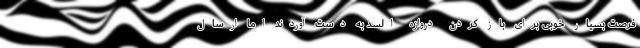
فرصت بسیار خوبی برای باز کردن دروازه السد به دست آوردند اما ارسال